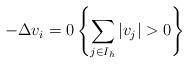
LaTeX: \begin{align*}-\Delta v_i=0 \left\{\sum_{j\in I_h} |v_j|>0 \right\}\end{align*}